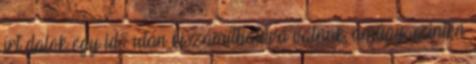
írt dalok egy idő után kiszámíthatóvá válnak, amúgy szintén